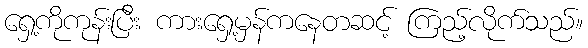
ရှေ့ကိုကုန်းပြီး ကားရှေ့မှန်ကနေတဆင့် ကြည့်လိုက်သည်။